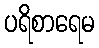
ပရိစာရေမ